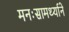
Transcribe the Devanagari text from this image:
मनःसामर्थ्याने